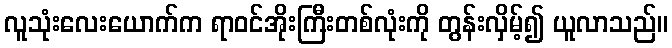
လူသုံးလေးယောက်က ရာဝင်အိုးကြီးတစ်လုံးကို တွန်းလှိမ့်၍ ယူလာသည်။